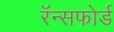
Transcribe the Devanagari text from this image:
रॅन्सफोर्ड